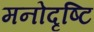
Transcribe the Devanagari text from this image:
मनोदृष्टि